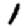
Digit: 1